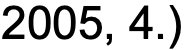
2005, 4.)